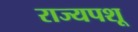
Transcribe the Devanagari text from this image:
राज्यपशू